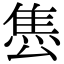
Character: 𨿈